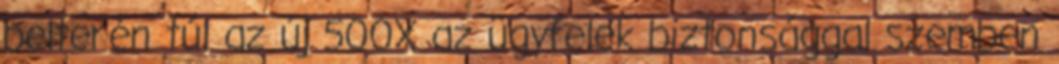
belterén túl az új 500X az ügyfelek biztonsággal szemben